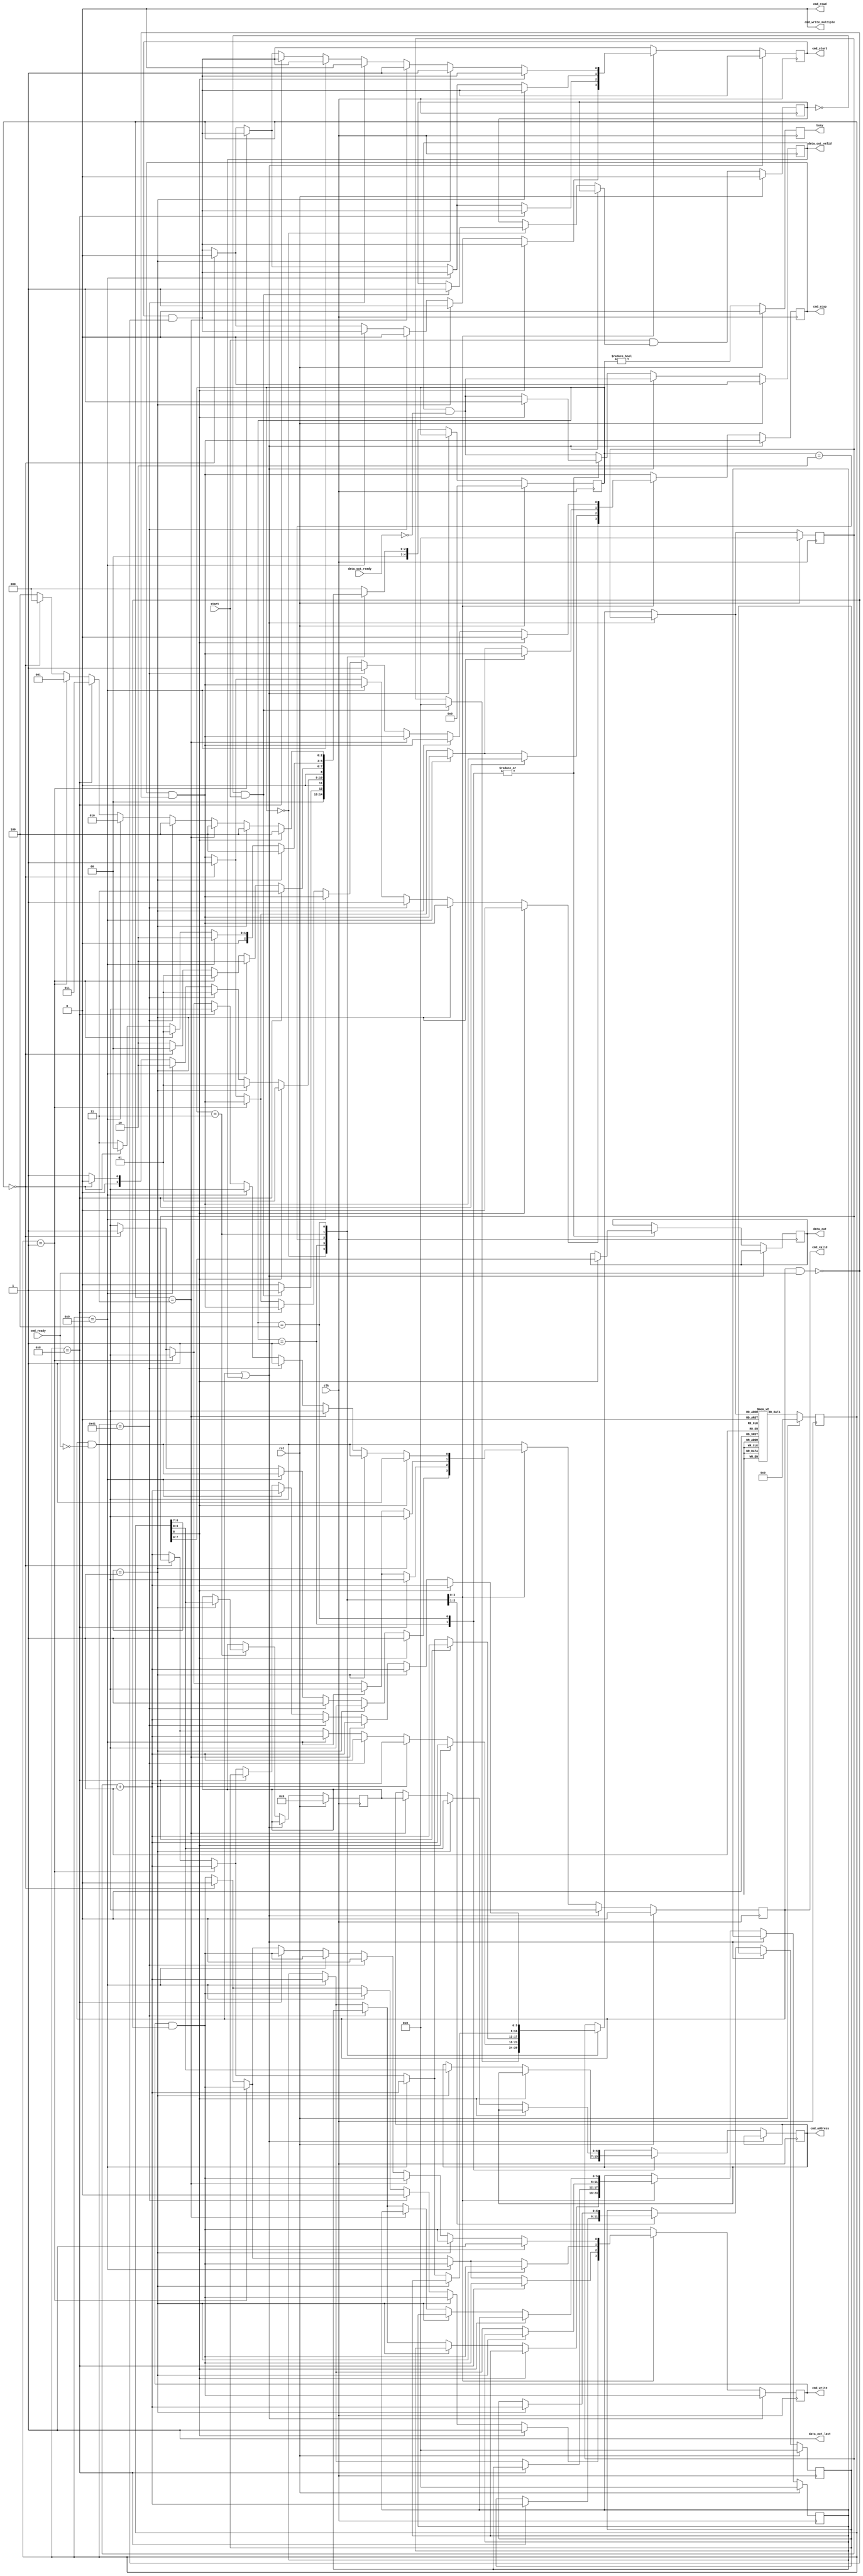
/*

Copyright (c) 2015-2020 Alex Forencich

Permission is hereby granted, free of charge, to any person obtaining a copy
of this software and associated documentation files (the "Software"), to deal
in the Software without restriction, including without limitation the rights
to use, copy, modify, merge, publish, distribute, sublicense, and/or sell
copies of the Software, and to permit persons to whom the Software is
furnished to do so, subject to the following conditions:

The above copyright notice and this permission notice shall be included in
all copies or substantial portions of the Software.

THE SOFTWARE IS PROVIDED "AS IS", WITHOUT WARRANTY OF ANY KIND, EXPRESS OR
IMPLIED, INCLUDING BUT NOT LIMITED TO THE WARRANTIES OF MERCHANTABILITY
FITNESS FOR A PARTICULAR PURPOSE AND NONINFRINGEMENT. IN NO EVENT SHALL THE
AUTHORS OR COPYRIGHT HOLDERS BE LIABLE FOR ANY CLAIM, DAMAGES OR OTHER
LIABILITY, WHETHER IN AN ACTION OF CONTRACT, TORT OR OTHERWISE, ARISING FROM,
OUT OF OR IN CONNECTION WITH THE SOFTWARE OR THE USE OR OTHER DEALINGS IN
THE SOFTWARE.

*/

// Language: Verilog 2001

`resetall
`timescale 1ns / 1ps
`default_nettype none

/*
 * si5324_i2c_init
 */
module si5324_i2c_init (
    input  wire        clk,
    input  wire        rst,

    /*
     * I2C master interface
     */
    output wire [6:0]  cmd_address,
    output wire        cmd_start,
    output wire        cmd_read,
    output wire        cmd_write,
    output wire        cmd_write_multiple,
    output wire        cmd_stop,
    output wire        cmd_valid,
    input  wire        cmd_ready,

    output wire [7:0]  data_out,
    output wire        data_out_valid,
    input  wire        data_out_ready,
    output wire        data_out_last,

    /*
     * Status
     */
    output wire        busy,

    /*
     * Configuration
     */
    input  wire        start
);

/*

Generic module for I2C bus initialization.  Good for use when multiple devices
on an I2C bus must be initialized on system start without intervention of a
general-purpose processor.

Copy this file and change init_data and INIT_DATA_LEN as needed.

This module can be used in two modes: simple device initalization, or multiple
device initialization.  In multiple device mode, the same initialization sequence
can be performed on multiple different device addresses.  

To use single device mode, only use the start write to address and write data commands.
The module will generate the I2C commands in sequential order.  Terminate the list
with a 0 entry.  

To use the multiple device mode, use the start data and start address block commands
to set up lists of initialization data and device addresses.  The module enters
multiple device mode upon seeing a start data block command.  The module stores the
offset of the start of the data block and then skips ahead until it reaches a start
address block command.  The module will store the offset to the address block and
read the first address in the block.  Then it will jump back to the data block
and execute it, substituting the stored address for each current address write
command.  Upon reaching the start address block command, the module will read out the
next address and start again at the top of the data block.  If the module encounters
a start data block command while looking for an address, then it will store a new data
offset and then look for a start address block command.  Terminate the list with a 0
entry.  Normal address commands will operate normally inside a data block.

Commands:

00 0000000 : stop
00 0000001 : exit multiple device mode
00 0000011 : start write to current address
00 0001000 : start address block
00 0001001 : start data block
00 1000001 : send I2C stop
01 aaaaaaa : start write to address
1 dddddddd : write 8-bit data

Examples

write 0x11223344 to register 0x0004 on device at 0x50

01 1010000  start write to 0x50
1 00000000  write address 0x0004
1 00000100
1 00010001  write data 0x11223344
1 00100010
1 00110011
1 01000100
0 00000000  stop

write 0x11223344 to register 0x0004 on devices at 0x50, 0x51, 0x52, and 0x53

00 0001001  start data block
00 0000011  start write to current address
1 00000100
1 00010001  write data 0x11223344
1 00100010
1 00110011
1 01000100
00 0001000  start address block
01 1010000  address 0x50
01 1010000  address 0x51
01 1010000  address 0x52
01 1010000  address 0x53
00 0000000  stop

*/

// init_data ROM
localparam INIT_DATA_LEN = 37;

reg [8:0] init_data [INIT_DATA_LEN-1:0];

initial begin
    // init Si5324 registers
    init_data[0]  = {2'b01, 7'h74}; // start write to 0x74 (I2C mux)
    init_data[1]  = {1'b1,  8'h10}; // select Si5324
    init_data[2]  = {2'b00, 7'b1000001}; // I2C stop
    init_data[3]  = {2'b01, 7'h68}; // start write to 0x68 (Si5324)
    init_data[4]  = {1'b1,  8'd0};  // register 0
    init_data[5]  = {1'b1,  8'h54}; // Reg 0: Free run, Clock off before ICAL, Bypass off (normal operation)
    init_data[6]  = {1'b1,  8'hE4}; // Reg 1: CKIN2 second priority, CKIN1 first priority
    init_data[7]  = {1'b1,  8'h12}; // Reg 2: BWSEL = 1
    init_data[8]  = {1'b1,  8'h15}; // Reg 3: CKIN1 selected, Digital Hold off, Output clocks disabled during ICAL
    init_data[9]  = {1'b1,  8'h92}; // Reg 4: Automatic Revertive, HIST_DEL = 0x12
    init_data[10] = {2'b01, 7'h68}; // start write to 0x68 (Si5324)
    init_data[11] = {1'b1,  8'd10}; // register 10
    init_data[12] = {1'b1,  8'h08}; // Reg 10: CKOUT2 disabled, CKOUT1 enabled
    init_data[13] = {1'b1,  8'h40}; // Reg 11: CKIN2 enabled, CKIN1 enabled
    init_data[14] = {2'b01, 7'h68}; // start write to 0x68 (Si5324)
    init_data[15] = {1'b1,  8'd25}; // register 25
    init_data[16] = {1'b1,  8'hA0}; // Reg 25: N1_HS = 9
    init_data[17] = {2'b01, 7'h68}; // start write to 0x68 (Si5324)
    init_data[18] = {1'b1,  8'd31}; // register 31
    init_data[19] = {1'b1,  8'h00}; // Regs 31,32,33: NC1_LS = 4
    init_data[20] = {1'b1,  8'h00};
    init_data[21] = {1'b1,  8'h03};
    init_data[22] = {2'b01, 7'h68}; // start write to 0x68 (Si5324)
    init_data[23] = {1'b1,  8'd40}; // register 40
    init_data[24] = {1'b1,  8'hC2}; // Regs 40,41,42: N2_HS = 10, N2_LS = 150000
    init_data[25] = {1'b1,  8'h49};
    init_data[26] = {1'b1,  8'hEF};
    init_data[27] = {1'b1,  8'h00}; // Regs 43,44,45: N31 = 30475
    init_data[28] = {1'b1,  8'h77};
    init_data[29] = {1'b1,  8'h0B};
    init_data[30] = {1'b1,  8'h00}; // Regs 46,47,48: N32 = 30475
    init_data[31] = {1'b1,  8'h77};
    init_data[32] = {1'b1,  8'h0B};
    init_data[33] = {2'b01, 7'h68}; // start write to 0x68 (Si5324)
    init_data[34] = {1'b1,  8'd136}; // register 136
    init_data[35] = {1'b1,  8'h40}; // Reg 136: ICAL = 1
    init_data[36] = 9'd0; // stop
end

localparam [3:0]
    STATE_IDLE = 3'd0,
    STATE_RUN = 3'd1,
    STATE_TABLE_1 = 3'd2,
    STATE_TABLE_2 = 3'd3,
    STATE_TABLE_3 = 3'd4;

reg [4:0] state_reg = STATE_IDLE, state_next;

parameter AW = $clog2(INIT_DATA_LEN);

reg [8:0] init_data_reg = 9'd0;

reg [AW-1:0] address_reg = {AW{1'b0}}, address_next;
reg [AW-1:0] address_ptr_reg = {AW{1'b0}}, address_ptr_next;
reg [AW-1:0] data_ptr_reg = {AW{1'b0}}, data_ptr_next;

reg [6:0] cur_address_reg = 7'd0, cur_address_next;

reg [6:0] cmd_address_reg = 7'd0, cmd_address_next;
reg cmd_start_reg = 1'b0, cmd_start_next;
reg cmd_write_reg = 1'b0, cmd_write_next;
reg cmd_stop_reg = 1'b0, cmd_stop_next;
reg cmd_valid_reg = 1'b0, cmd_valid_next;

reg [7:0] data_out_reg = 8'd0, data_out_next;
reg data_out_valid_reg = 1'b0, data_out_valid_next;

reg start_flag_reg = 1'b0, start_flag_next;

reg busy_reg = 1'b0;

assign cmd_address = cmd_address_reg;
assign cmd_start = cmd_start_reg;
assign cmd_read = 1'b0;
assign cmd_write = cmd_write_reg;
assign cmd_write_multiple = 1'b0;
assign cmd_stop = cmd_stop_reg;
assign cmd_valid = cmd_valid_reg;

assign data_out = data_out_reg;
assign data_out_valid = data_out_valid_reg;
assign data_out_last = 1'b1;

assign busy = busy_reg;

always @* begin
    state_next = STATE_IDLE;

    address_next = address_reg;
    address_ptr_next = address_ptr_reg;
    data_ptr_next = data_ptr_reg;

    cur_address_next = cur_address_reg;

    cmd_address_next = cmd_address_reg;
    cmd_start_next = cmd_start_reg & ~(cmd_valid & cmd_ready);
    cmd_write_next = cmd_write_reg & ~(cmd_valid & cmd_ready);
    cmd_stop_next = cmd_stop_reg & ~(cmd_valid & cmd_ready);
    cmd_valid_next = cmd_valid_reg & ~cmd_ready;

    data_out_next = data_out_reg;
    data_out_valid_next = data_out_valid_reg & ~data_out_ready;

    start_flag_next = start_flag_reg;

    if (cmd_valid | data_out_valid) begin
        // wait for output registers to clear
        state_next = state_reg;
    end else begin
        case (state_reg)
            STATE_IDLE: begin
                // wait for start signal
                if (~start_flag_reg & start) begin
                    address_next = {AW{1'b0}};
                    start_flag_next = 1'b1;
                    state_next = STATE_RUN;
                end else begin
                    state_next = STATE_IDLE;
                end
            end
            STATE_RUN: begin
                // process commands
                if (init_data_reg[8] == 1'b1) begin
                    // write data
                    cmd_write_next = 1'b1;
                    cmd_stop_next = 1'b0;
                    cmd_valid_next = 1'b1;

                    data_out_next = init_data_reg[7:0];
                    data_out_valid_next = 1'b1;

                    address_next = address_reg + 1;

                    state_next = STATE_RUN;
                end else if (init_data_reg[8:7] == 2'b01) begin
                    // write address
                    cmd_address_next = init_data_reg[6:0];
                    cmd_start_next = 1'b1;

                    address_next = address_reg + 1;

                    state_next = STATE_RUN;
                end else if (init_data_reg == 9'b001000001) begin
                    // send stop
                    cmd_write_next = 1'b0;
                    cmd_start_next = 1'b0;
                    cmd_stop_next = 1'b1;
                    cmd_valid_next = 1'b1;

                    address_next = address_reg + 1;

                    state_next = STATE_RUN;
                end else if (init_data_reg == 9'b000001001) begin
                    // data table start
                    data_ptr_next = address_reg + 1;
                    address_next = address_reg + 1;
                    state_next = STATE_TABLE_1;
                end else if (init_data_reg == 9'd0) begin
                    // stop
                    cmd_start_next = 1'b0;
                    cmd_write_next = 1'b0;
                    cmd_stop_next = 1'b1;
                    cmd_valid_next = 1'b1;

                    state_next = STATE_IDLE;
                end else begin
                    // invalid command, skip
                    address_next = address_reg + 1;
                    state_next = STATE_RUN;
                end
            end
            STATE_TABLE_1: begin
                // find address table start
                if (init_data_reg == 9'b000001000) begin
                    // address table start
                    address_ptr_next = address_reg + 1;
                    address_next = address_reg + 1;
                    state_next = STATE_TABLE_2;
                end else if (init_data_reg == 9'b000001001) begin
                    // data table start
                    data_ptr_next = address_reg + 1;
                    address_next = address_reg + 1;
                    state_next = STATE_TABLE_1;
                end else if (init_data_reg == 1) begin
                    // exit mode
                    address_next = address_reg + 1;
                    state_next = STATE_RUN;
                end else if (init_data_reg == 9'd0) begin
                    // stop
                    cmd_start_next = 1'b0;
                    cmd_write_next = 1'b0;
                    cmd_stop_next = 1'b1;
                    cmd_valid_next = 1'b1;

                    state_next = STATE_IDLE;
                end else begin
                    // invalid command, skip
                    address_next = address_reg + 1;
                    state_next = STATE_TABLE_1;
                end
            end
            STATE_TABLE_2: begin
                // find next address
                if (init_data_reg[8:7] == 2'b01) begin
                    // write address command
                    // store address and move to data table
                    cur_address_next = init_data_reg[6:0];
                    address_ptr_next = address_reg + 1;
                    address_next = data_ptr_reg;
                    state_next = STATE_TABLE_3;
                end else if (init_data_reg == 9'b000001001) begin
                    // data table start
                    data_ptr_next = address_reg + 1;
                    address_next = address_reg + 1;
                    state_next = STATE_TABLE_1;
                end else if (init_data_reg == 9'd1) begin
                    // exit mode
                    address_next = address_reg + 1;
                    state_next = STATE_RUN;
                end else if (init_data_reg == 9'd0) begin
                    // stop
                    cmd_start_next = 1'b0;
                    cmd_write_next = 1'b0;
                    cmd_stop_next = 1'b1;
                    cmd_valid_next = 1'b1;

                    state_next = STATE_IDLE;
                end else begin
                    // invalid command, skip
                    address_next = address_reg + 1;
                    state_next = STATE_TABLE_2;
                end
            end
            STATE_TABLE_3: begin
                // process data table with selected address
                if (init_data_reg[8] == 1'b1) begin
                    // write data
                    cmd_write_next = 1'b1;
                    cmd_stop_next = 1'b0;
                    cmd_valid_next = 1'b1;

                    data_out_next = init_data_reg[7:0];
                    data_out_valid_next = 1'b1;

                    address_next = address_reg + 1;

                    state_next = STATE_TABLE_3;
                end else if (init_data_reg[8:7] == 2'b01) begin
                    // write address
                    cmd_address_next = init_data_reg[6:0];
                    cmd_start_next = 1'b1;

                    address_next = address_reg + 1;

                    state_next = STATE_TABLE_3;
                end else if (init_data_reg == 9'b000000011) begin
                    // write current address
                    cmd_address_next = cur_address_reg;
                    cmd_start_next = 1'b1;

                    address_next = address_reg + 1;

                    state_next = STATE_TABLE_3;
                end else if (init_data_reg == 9'b001000001) begin
                    // send stop
                    cmd_write_next = 1'b0;
                    cmd_start_next = 1'b0;
                    cmd_stop_next = 1'b1;
                    cmd_valid_next = 1'b1;

                    address_next = address_reg + 1;

                    state_next = STATE_TABLE_3;
                end else if (init_data_reg == 9'b000001001) begin
                    // data table start
                    data_ptr_next = address_reg + 1;
                    address_next = address_reg + 1;
                    state_next = STATE_TABLE_1;
                end else if (init_data_reg == 9'b000001000) begin
                    // address table start
                    address_next = address_ptr_reg;
                    state_next = STATE_TABLE_2;
                end else if (init_data_reg == 9'd1) begin
                    // exit mode
                    address_next = address_reg + 1;
                    state_next = STATE_RUN;
                end else if (init_data_reg == 9'd0) begin
                    // stop
                    cmd_start_next = 1'b0;
                    cmd_write_next = 1'b0;
                    cmd_stop_next = 1'b1;
                    cmd_valid_next = 1'b1;

                    state_next = STATE_IDLE;
                end else begin
                    // invalid command, skip
                    address_next = address_reg + 1;
                    state_next = STATE_TABLE_3;
                end
            end
        endcase
    end
end

always @(posedge clk) begin
    if (rst) begin
        state_reg <= STATE_IDLE;

        init_data_reg <= 9'd0;

        address_reg <= {AW{1'b0}};
        address_ptr_reg <= {AW{1'b0}};
        data_ptr_reg <= {AW{1'b0}};

        cur_address_reg <= 7'd0;

        cmd_valid_reg <= 1'b0;

        data_out_valid_reg <= 1'b0;

        start_flag_reg <= 1'b0;

        busy_reg <= 1'b0;
    end else begin
        state_reg <= state_next;

        // read init_data ROM
        init_data_reg <= init_data[address_next];

        address_reg <= address_next;
        address_ptr_reg <= address_ptr_next;
        data_ptr_reg <= data_ptr_next;

        cur_address_reg <= cur_address_next;

        cmd_valid_reg <= cmd_valid_next;

        data_out_valid_reg <= data_out_valid_next;

        start_flag_reg <= start & start_flag_next;

        busy_reg <= (state_reg != STATE_IDLE);
    end

    cmd_address_reg <= cmd_address_next;
    cmd_start_reg <= cmd_start_next;
    cmd_write_reg <= cmd_write_next;
    cmd_stop_reg <= cmd_stop_next;

    data_out_reg <= data_out_next;
end

endmodule

`resetall